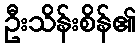
ဦးသိန်းစိန်၏